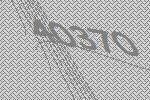
40370